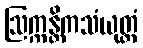
ဩက္ကန္တိကသံယုတ္တံ